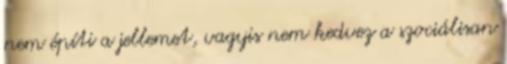
nem építi a jellemet, vagyis nem kedvez a szociálisan